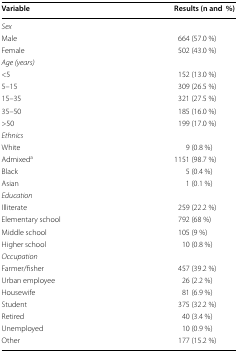
<table><thead><tr><td><b>Variable</b></td><td><b>Results (n and%)</b></td></tr></thead><tbody><tr><td colspan="2"><i>Sex</i></td></tr><tr><td>Male</td><td>664 (57.0 %)</td></tr><tr><td>Female</td><td>502 (43.0 %)</td></tr><tr><td colspan="2"><i>Age (years)</i></td></tr><tr><td>&lt;5</td><td>152 (13.0 %)</td></tr><tr><td>5–15</td><td>309 (26.5 %)</td></tr><tr><td>15–35</td><td>321 (27.5 %)</td></tr><tr><td>35–50</td><td>185 (16.0 %)</td></tr><tr><td>&gt;50</td><td>199 (17.0 %)</td></tr><tr><td colspan="2"><i>Ethnics</i></td></tr><tr><td>White</td><td>9 (0.8 %)</td></tr><tr><td>Admixed<sup>a</sup></td><td>1151 (98.7 %)</td></tr><tr><td>Black</td><td>5 (0.4 %)</td></tr><tr><td>Asian</td><td>1 (0.1 %)</td></tr><tr><td colspan="2"><i>Education</i></td></tr><tr><td>Illiterate</td><td>259 (22.2 %)</td></tr><tr><td>Elementary school</td><td>792 (68 %)</td></tr><tr><td>Middle school</td><td>105 (9 %)</td></tr><tr><td>Higher school</td><td>10 (0.8 %)</td></tr><tr><td colspan="2"><i>Occupation</i></td></tr><tr><td>Farmer/fisher</td><td>457 (39.2 %)</td></tr><tr><td>Urban employee</td><td>26 (2.2 %)</td></tr><tr><td>Housewife</td><td>81 (6.9 %)</td></tr><tr><td>Student</td><td>375 (32.2 %)</td></tr><tr><td>Retired</td><td>40 (3.4 %)</td></tr><tr><td>Unemployed</td><td>10 (0.9 %)</td></tr><tr><td>Other</td><td>177 (15.2 %)</td></tr></tbody></table>